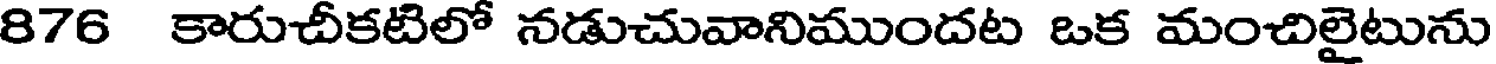
876 కారుచీకటిలో నడుచువానిముందట ఒక మంచిలైటును